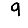
Digit: 9